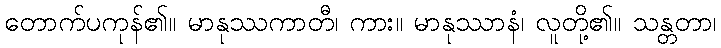
တောက်ပကုန်၏။ မာနုဿကာတီ၊ ကား။ မာနုဿာနံ၊ လူတို့၏။ သန္တတာ၊